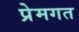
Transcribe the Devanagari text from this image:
प्रेमगत